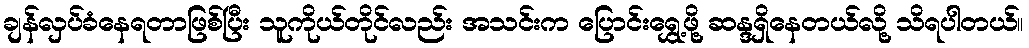
ချန်လှပ်ခံနေရတာဖြစ်ပြီး သူကိုယ်တိုင်လည်း အသင်းက ပြောင်းရွှေ့ဖို့ ဆန္ဒရှိနေတယ်လို့ သိရပါတယ်။